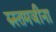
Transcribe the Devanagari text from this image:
रुस्तमजीना